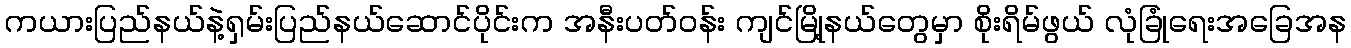
ကယားပြည်နယ်နဲ့ရှမ်းပြည်နယ်ဆောင်ပိုင်းက အနီးပတ်ဝန်း ကျင်မြို့နယ်တွေမှာ စိုးရိမ်ဖွယ် လုံခြုံရေးအခြေအန